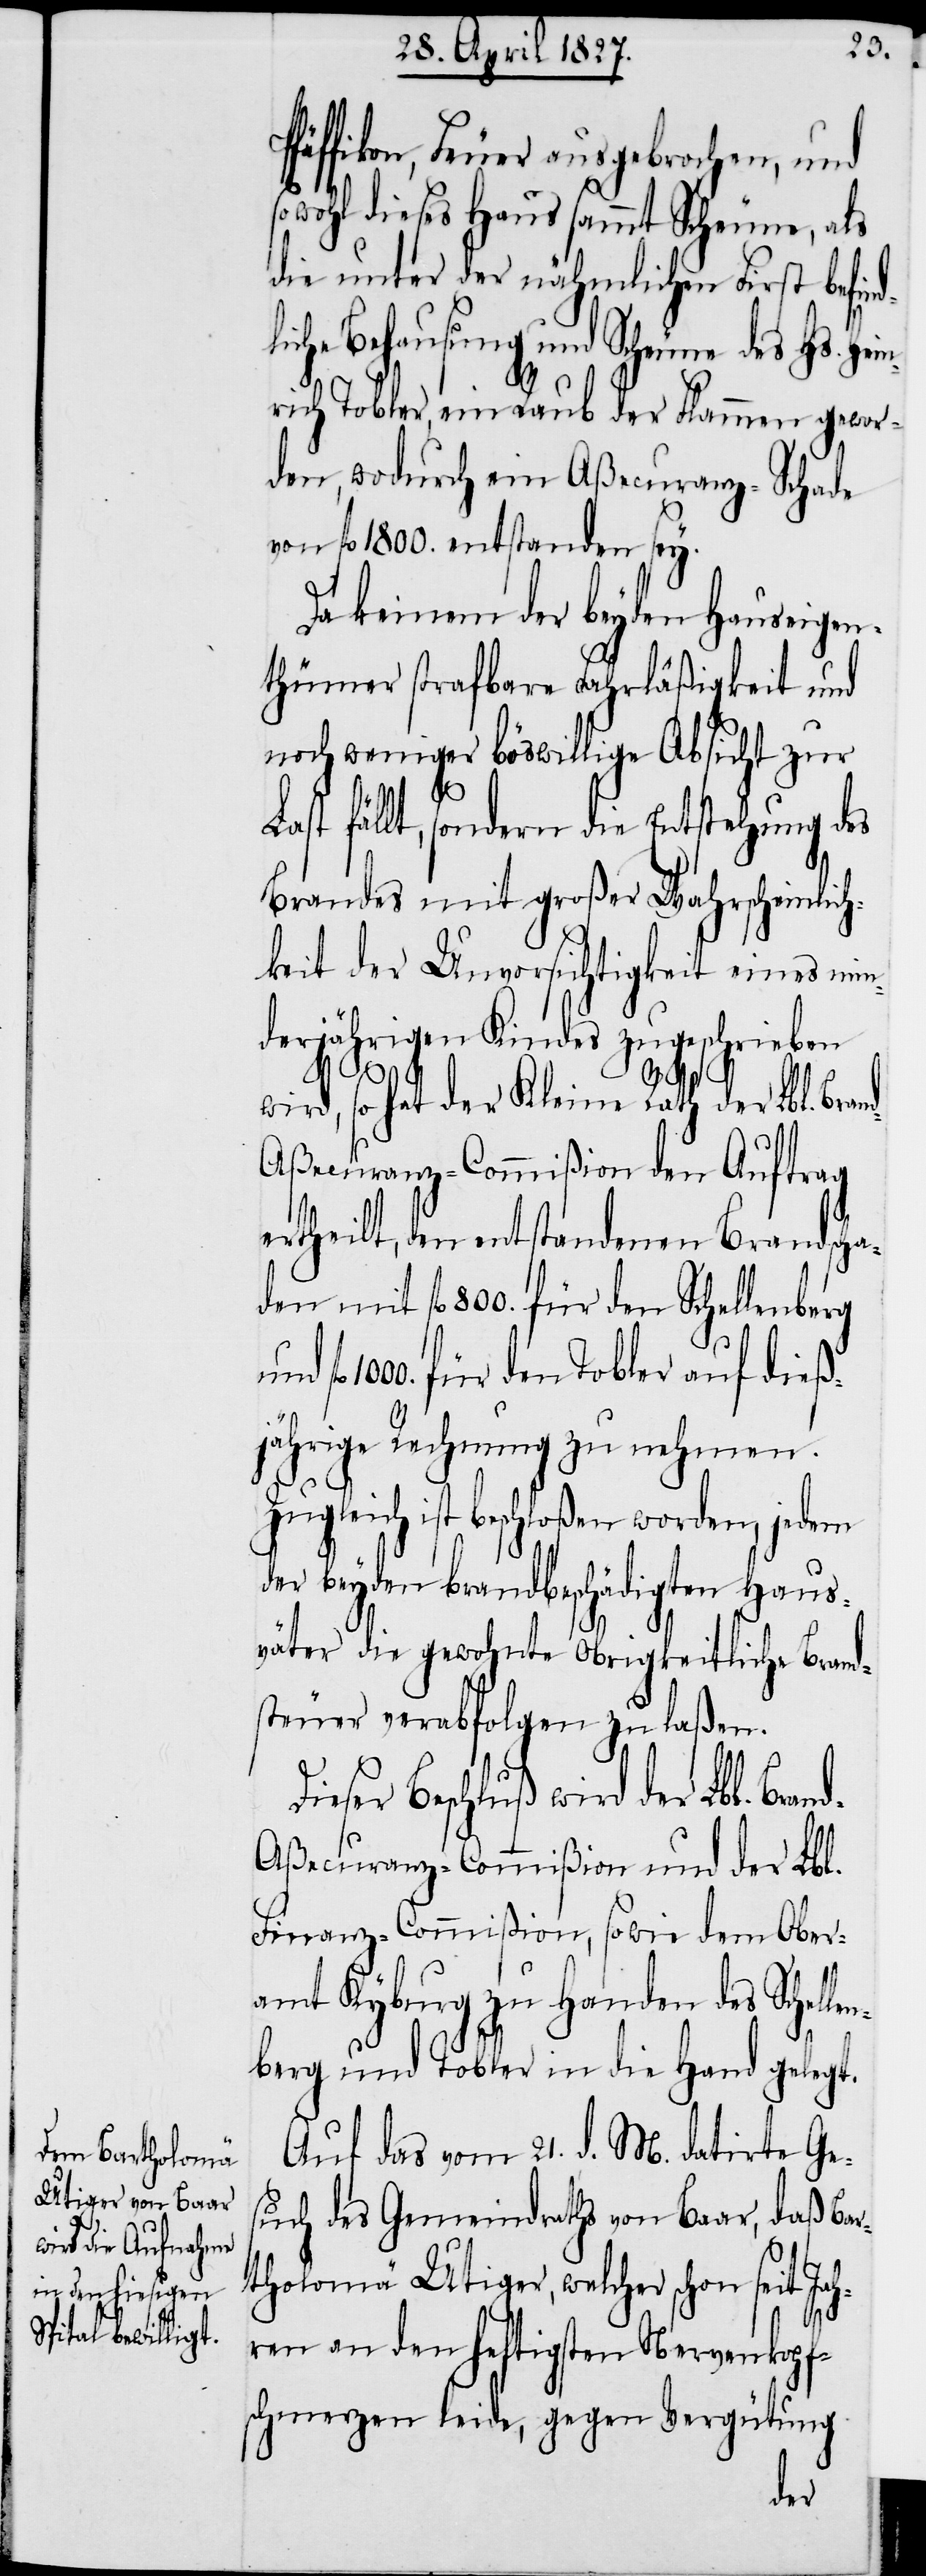
en¬
fäffikon, Feuer ausgebrochen, und
sowohl dieses Haus sammt Scheune, als
die unter der nähmlichen First befind¬
lichen Behausung und Scheune des Hs. Hei¬
nrich Tobler, ein Raub der Flammen gewor¬
den, wodurch ein Aßecuranz-Schade
von fl. 1800. entstanden sey.
Da keinem der beyden Hauseigen¬
thümer strafbare Fahrläßigkeit und
noch weniger böswillige Absicht zur
Last fällt, sondern die Entstehung des
Brandes mit großer Wahrscheinlich¬
keit der Unvorsichtigkeit eines min¬
derjährigen Kindes zugeschrieben
D¬
wird, so hat der Kleine Rath der Lbl. Bra¬
d-Aßecuranz-Commißion den Auftrag
ertheilt, den entstandenen Brandscha¬
den mit fl. 800. für den Schellenberg
1000. für den Tobler auf dieß¬
jährige Rechnung zu nehmen.
Zugleich ist beschloßen worden, jedem
der beyden brandbeschädigten Haus¬
väter die gewohnte Obrigkeitliche Brand¬
steuer verabfolgen zu laßen.
ieser Beschluß wird der Lbl. Bran¬
ßecuranz-Commißion, sowie dem Ober¬
amt Kyburg zu Handen des Schell¬
berg und Tobler in die Hand gelegt.
Auf das vom 21. d. M. datirte Ge¬
such des Gemeindraths von Baar, daß Bar¬
tholomä Utiger, welcher schon seit Ja¬
hren an den heftigsten Nervenkopfs¬
chmerzen leide, gegen Vergütung